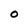
Character: 0